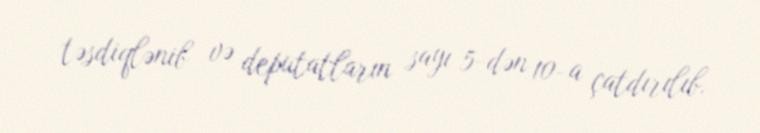
təsdiqlənib və deputatların sayı 5-dən 10-a çatdırılıb.